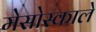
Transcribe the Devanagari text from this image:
मेसोस्काले